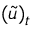
( \tilde { u } ) _ { t }